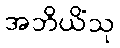
အဘိယိံသု